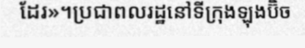
ដែរ»។ប្រជាពលរដ្ឋនៅទីក្រុងឡុងប៊ិច